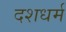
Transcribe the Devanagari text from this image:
दशधर्म